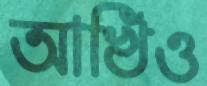
আখিঁও